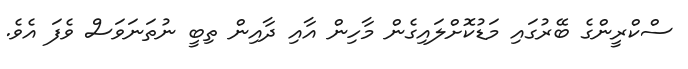
ސްކްރީންގެ ބޭރުގައި މަޑުކޮށްލައިގެން މާހިން އާއި ދާއިން ތިބީ ނުތަނަވަސް ވެފަ އެވެ.